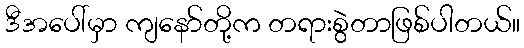
ဒီအပေါ်မှာ ကျနော်တို့က တရားစွဲတာဖြစ်ပါတယ်။